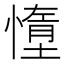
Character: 𫻃